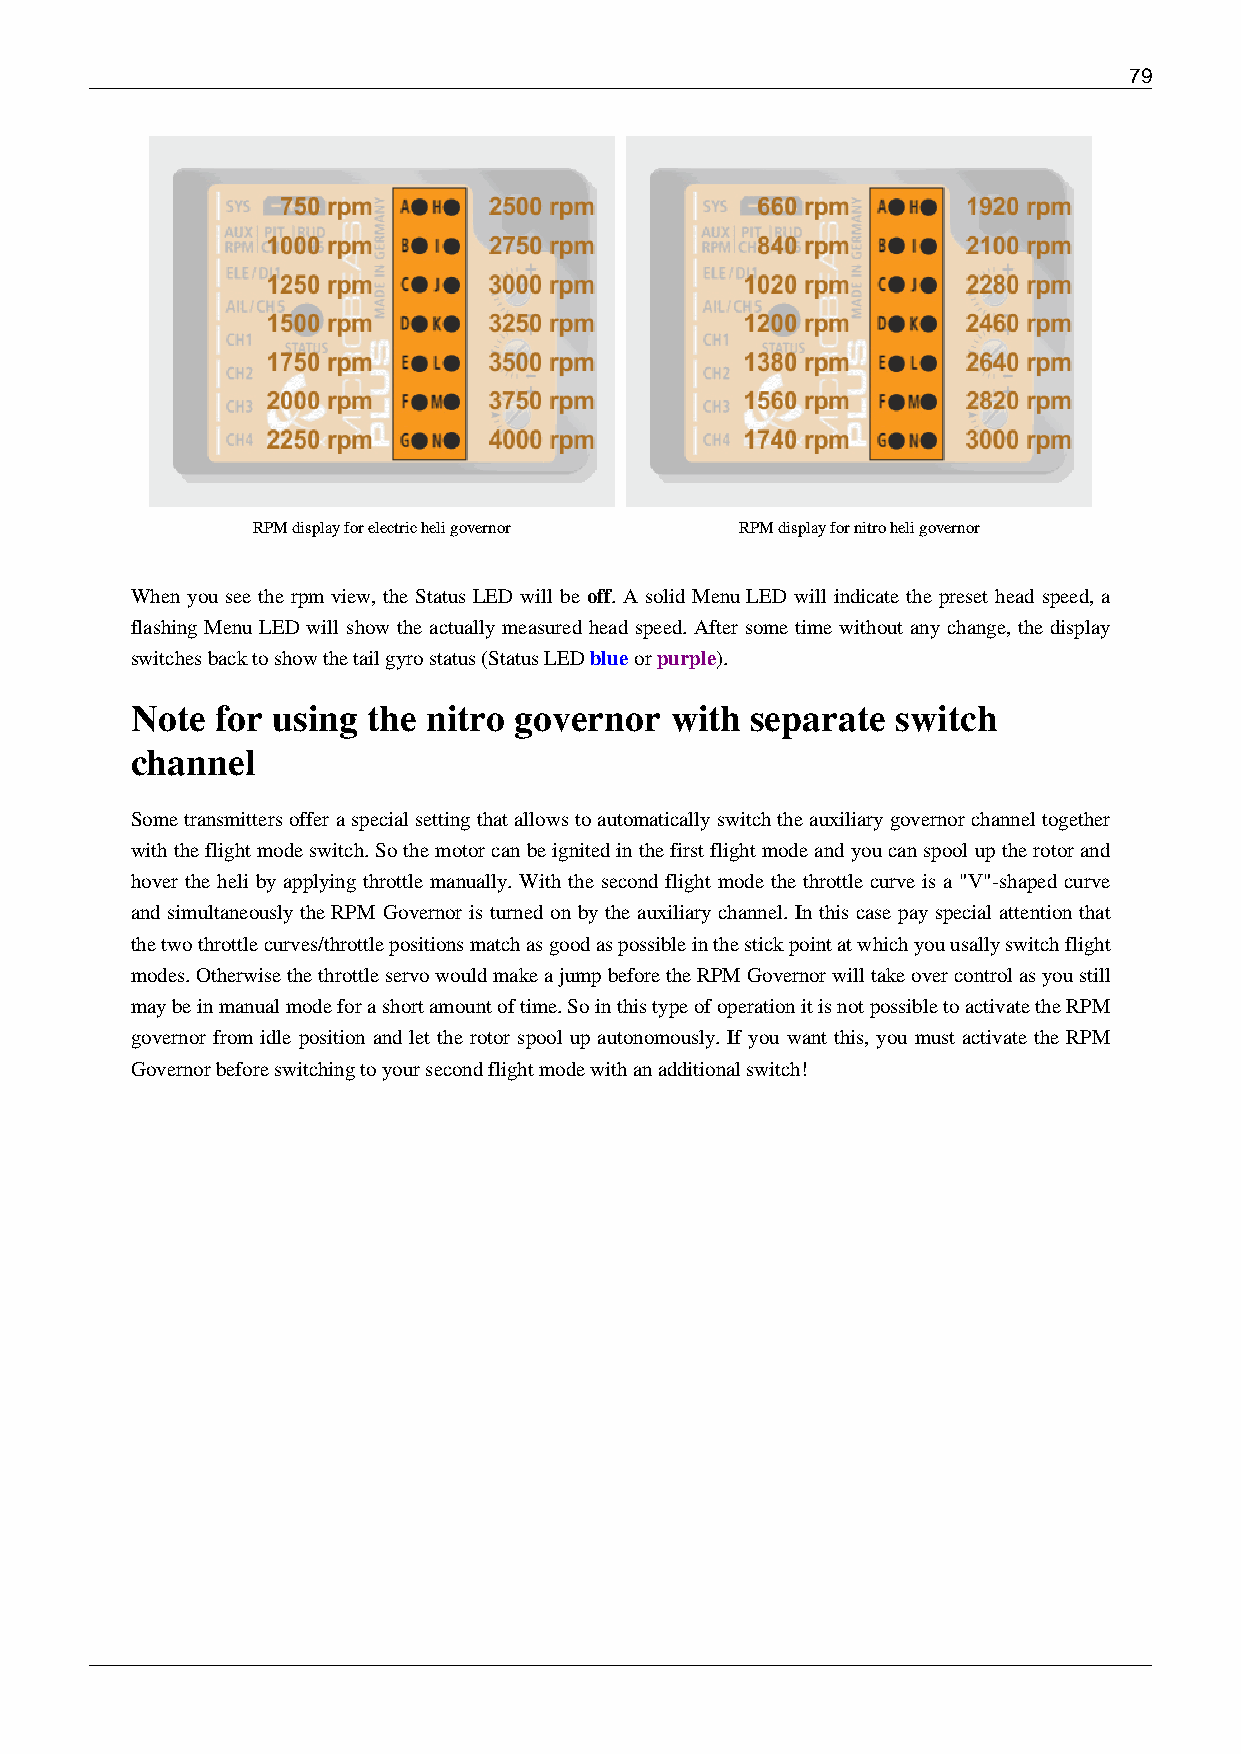
79
 RPM display for electric heli governor RPM display for nitro heli governor
 When you see the rpm view, the Status LED will be off. A solid Menu LED will indicate the preset head speed, a
 flashing Menu LED will show the actually measured head speed. After some time without any change, the display
 switches back to show the tail gyro status (Status LED blue or purple).
 Note for using the nitro governor  with  separate switch
 channel
 Some transmitters offer a special setting that allows to automatically switch the auxiliary governor channel together
 with the flight mode switch. So the motor can be ignited in the first flight mode and you can spool up the rotor and
 hover the heli by applying throttle manually. With the second flight mode the throttle curve is a "V"-shaped curve
 and simultaneously the RPM Governor is turned on by the auxiliary channel. In this case pay special attention that
 the two throttle curves/throttle positions match as good as possible in the stick point at which you usally switch flight
 modes. Otherwise the throttle servo would make a jump before the RPM Governor will take over control as you still
 may be in manual mode for a short amount of time. So in this type of operation it is not possible to activate the RPM
 governor from idle position and let the rotor spool up autonomously. If you want this, you must activate the RPM
 Governor before switching to your second flight mode with an additional switch!